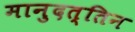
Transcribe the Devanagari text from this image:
मानुदत्तिन